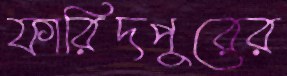
ফারিদপুরের